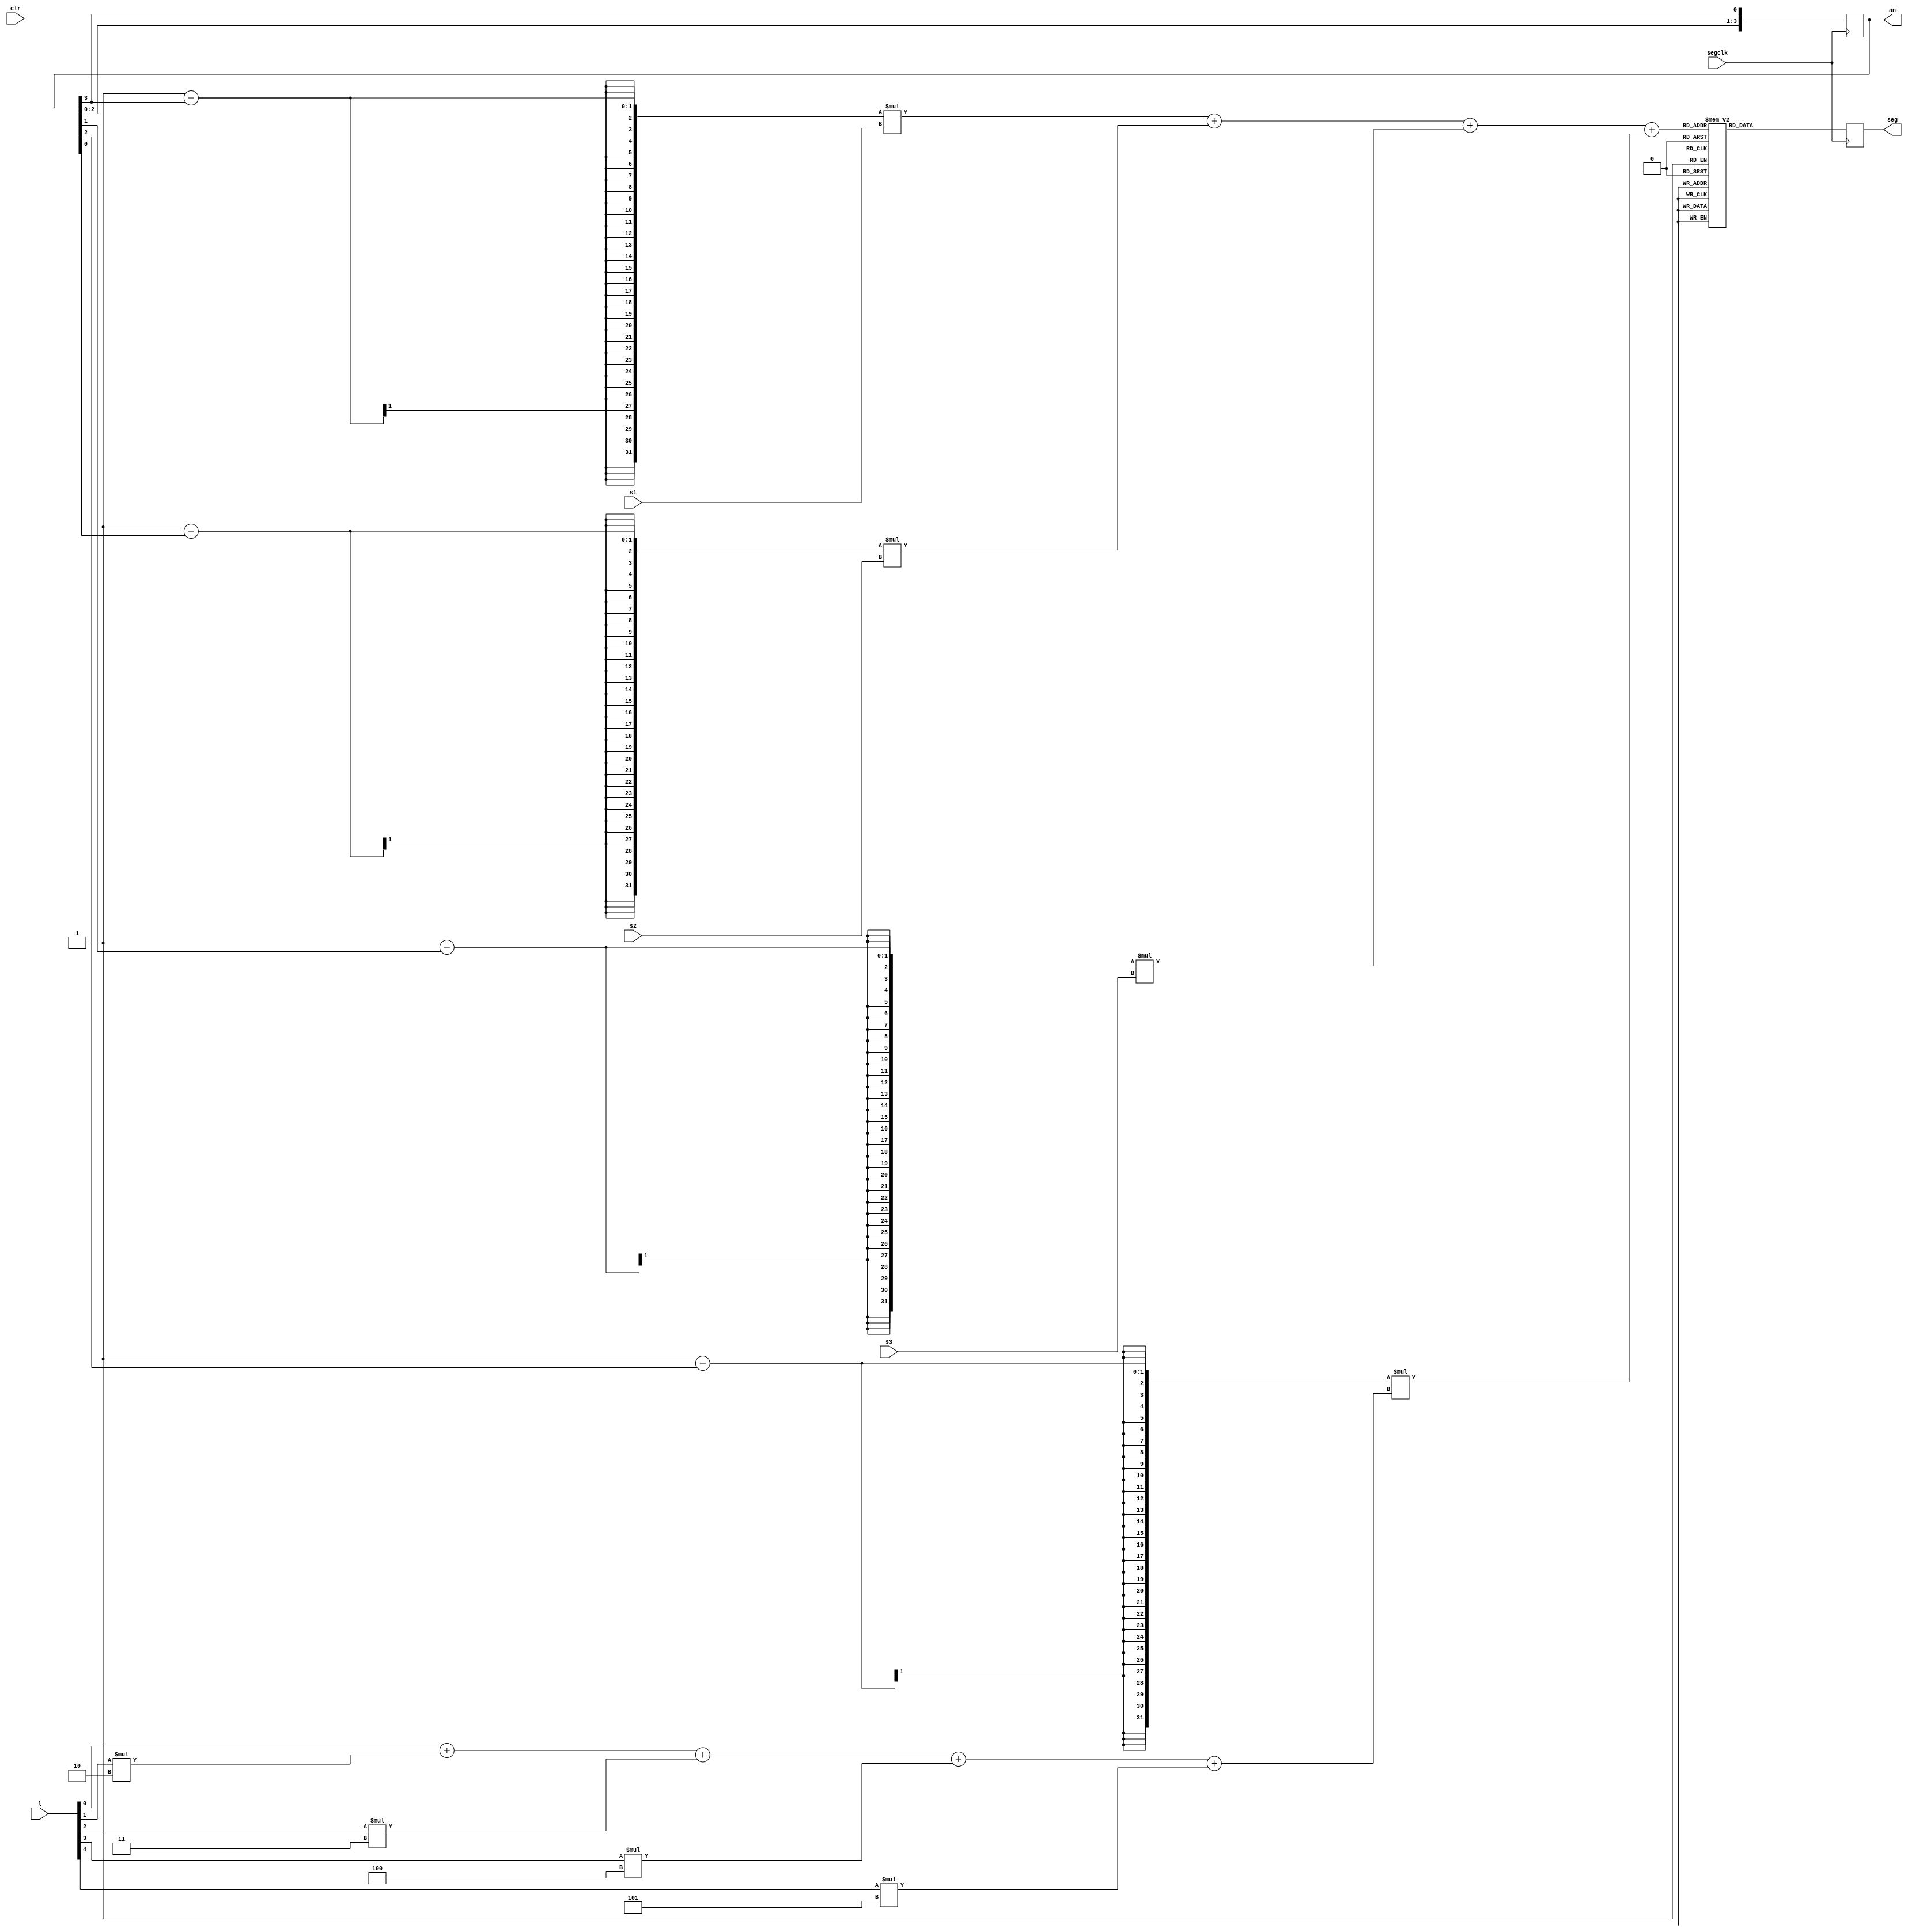
`timescale 1ns / 1ps
//////////////////////////////////////////////////////////////////////////////////
// Company: 
// Engineer: 
// 
// Design Name: 
// Module Name:    segdisplay 
// Project Name: 
// Target Devices: 
// Tool versions: 
// Description: 
//
// Dependencies: 
//
// Revision: 
// Revision 0.01 - File Created
// Additional Comments: 
//
//////////////////////////////////////////////////////////////////////////////////
module segdisplay(
	input wire segclk,		//7-segment clock
	input wire clr,			//asynchronous reset
	input[3:0] s1,
	input[3:0] s2, 
	input[3:0] s3,
	input[4:0] l,
	output reg [6:0] seg,	//7-segment display LEDs
	output reg [3:0] an		//7-segment display anode enable
	);


reg [3:0] val;

initial 
begin
an=4'b1110;
seg=0;

end

always @(posedge segclk)
begin
	an={an[2:0],an[3]};
	val = (1-an[0])*s1+(1-an[1])*s2+ (1-an[2])*s3+ (1-an[3])*
			(l[0]+l[1]*2 + l[2]*3 + l[3]*4 + l[4]*5);
	
	seg=pattern(val);

end


function [6:0] pattern;
input [3:0] number;
begin
case(number)
	0: pattern = ~ 7'b0111111; 
	1: pattern = ~ 7'b0000110;
	2: pattern = ~ 7'b1011011;
	3: pattern = ~ 7'b1001111;
	4: pattern = ~ 7'b1100110;
	5: pattern = ~ 7'b1101101;
	6: pattern = ~ 7'b1111101;
	7: pattern = ~ 7'b0000111;
	8: pattern = ~ 7'b1111111;
	9: pattern = ~ 7'b1101111;
	default: pattern = 7'b1111111;
	//default: pattern = 7'b0;
endcase
end
endfunction
endmodule